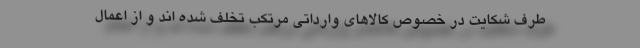
طرف شکایت در خصوص کالا‌های وارداتی مرتکب تخلف شده اند و از اعمال